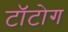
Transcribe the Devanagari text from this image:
टॉटोग